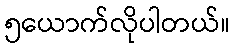
၅ယောက်လိုပါတယ်။